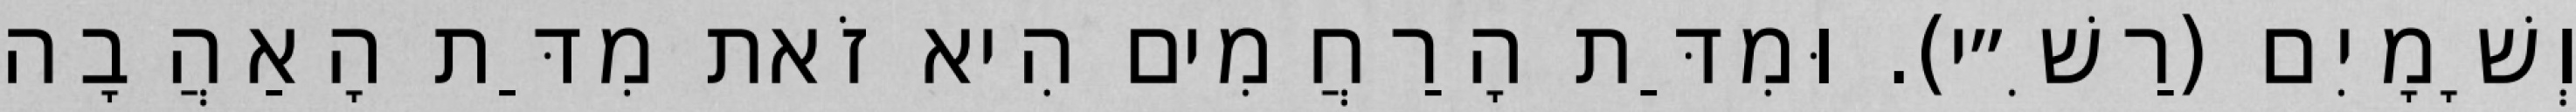
וְשָׁמָיִם (רַשִׁ״י). וּמִדַּת הָרַחֲמִים הִיא זֹאת מִדַּת הָאַהֲבָה